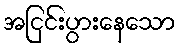
အငြင်းပွားနေသော